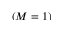
( M = 1 )